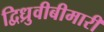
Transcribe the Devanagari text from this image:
द्विध्रुवीबीमारी